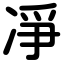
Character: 凈